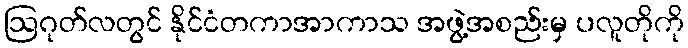
ဩဂုတ်လတွင် နိုင်ငံတကာအာကာသ အဖွဲ့အစည်းမှ ပလူတိုကို